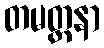
တမတ္တနာ